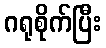
ဂရုစိုက်ပြီး